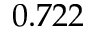
0 . 7 2 2